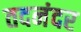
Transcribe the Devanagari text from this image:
तदनंदर